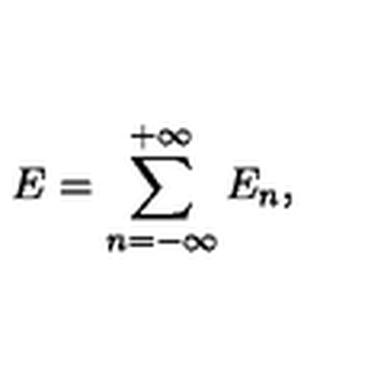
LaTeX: E = \sum _ { n = - \infty } ^ { + \infty } E _ { n } ,